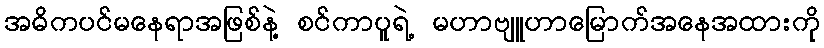
အဓိကပင်မနေရာအဖြစ်နဲ့ စင်ကာပူရဲ့ မဟာဗျူဟာမြောက်အနေအထားကို